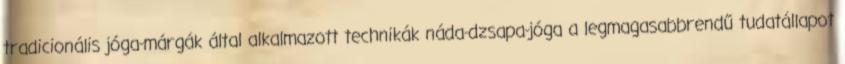
tradicionális jóga-márgák által alkalmazott technikák náda-dzsapa-jóga a legmagasabbrendű tudatállapot